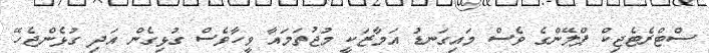
ސްޓްރެޓެޖިކް ޕްލޭންގެ ވެސް މައިގަނޑު އަމާޒަކީ މުޖުތަމައާ ވީހާވެސް ގުޅިގެން އަދި ގުޅެންޖެހޭ